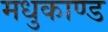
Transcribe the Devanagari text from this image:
मधुकाण्ड